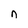
Character: n